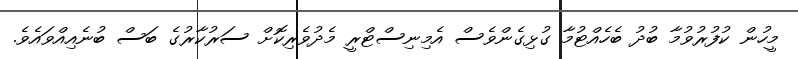
މީހުން ކުފުރުވުމާ ބުދު ބެހެއްޓުމާ ގުޅިގެންވެސް އެމިނިސްޓްރީ މެދުވެރިކޮށް ސަރުކާރުގެ ބަސް ބުނެއިއްވައެވެ.